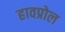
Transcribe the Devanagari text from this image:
हावप्रोल